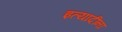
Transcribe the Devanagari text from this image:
इत्‍यादींना